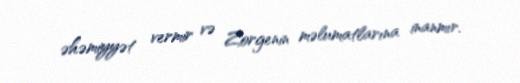
əhəmiyyət vermir və Zorgenin məlumatlarına inanmır.